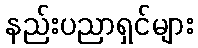
နည်းပညာရှင်များ